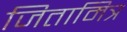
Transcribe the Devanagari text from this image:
जितामित्र